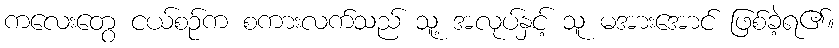
ကလေးတွေ ငယ်စဉ်က စကားလက်သည် သူ့ အလုပ်နှင့် သူ မအားအောင် ဖြစ်ခဲ့ရ၏။